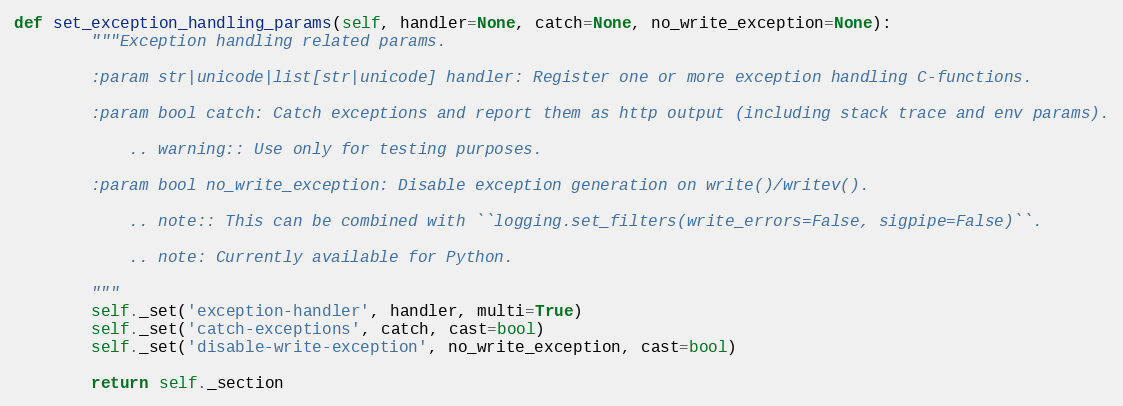
Language: Python
def set_exception_handling_params(self, handler=None, catch=None, no_write_exception=None):
        """Exception handling related params.

        :param str|unicode|list[str|unicode] handler: Register one or more exception handling C-functions.

        :param bool catch: Catch exceptions and report them as http output (including stack trace and env params).

            .. warning:: Use only for testing purposes.

        :param bool no_write_exception: Disable exception generation on write()/writev().

            .. note:: This can be combined with ``logging.set_filters(write_errors=False, sigpipe=False)``.

            .. note: Currently available for Python.

        """
        self._set('exception-handler', handler, multi=True)
        self._set('catch-exceptions', catch, cast=bool)
        self._set('disable-write-exception', no_write_exception, cast=bool)

        return self._section